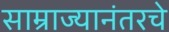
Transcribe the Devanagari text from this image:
साम्राज्यानंतरचे